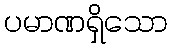
ပမာဏရှိသော